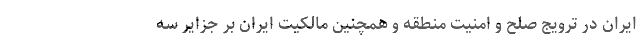
ایران در ترویج صلح و امنیت منطقه و همچنین مالکیت ایران بر جزایر سه